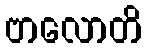
ဗာလောတိ